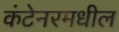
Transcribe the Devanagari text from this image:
कंटेनरमधील